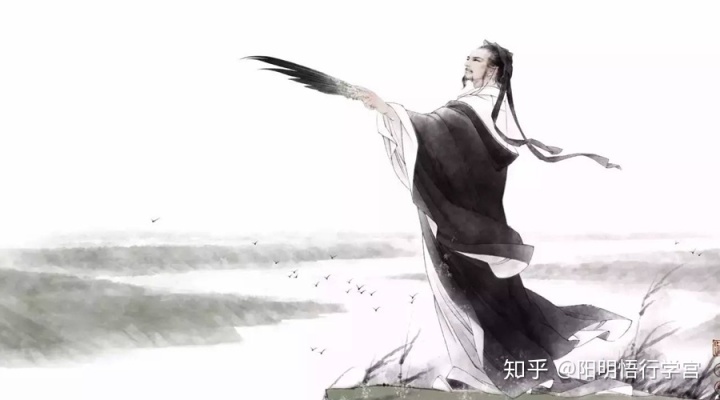
原浊者，流不清行不信者，名必耗。